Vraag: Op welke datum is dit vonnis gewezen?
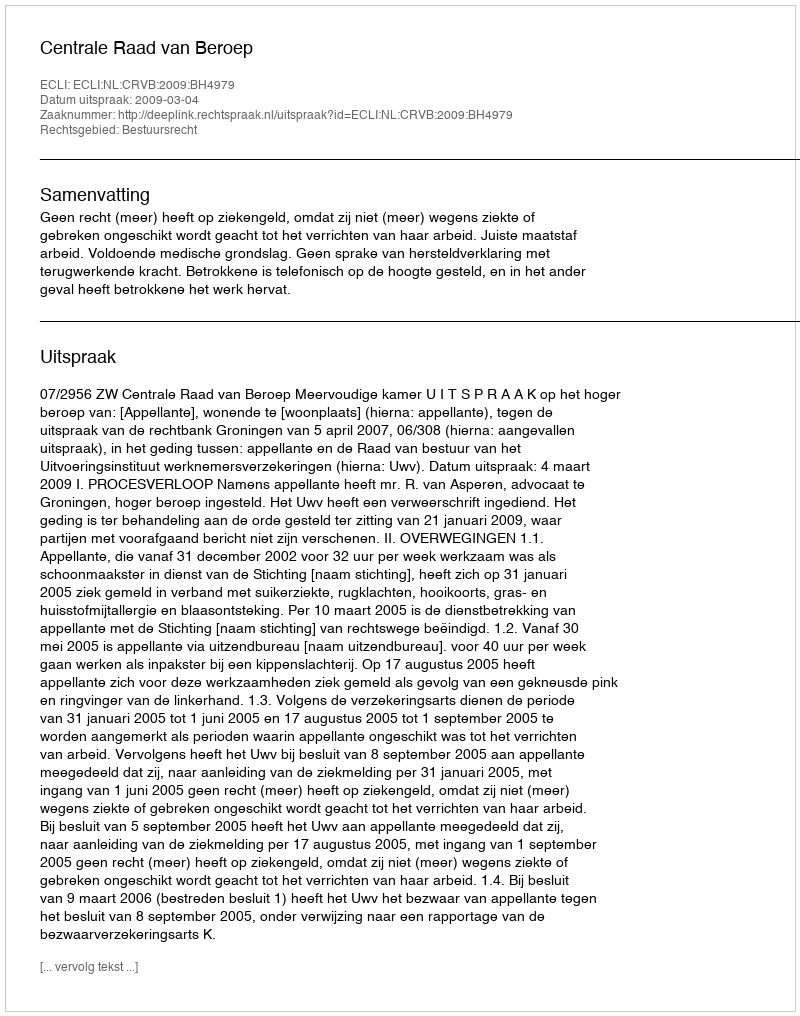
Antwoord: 2009-03-04